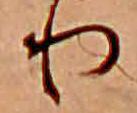
り